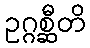
ဥဂ္ဂစ္ဆီတိ